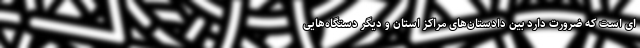
ای است که ضرورت دارد بین دادستان‌های مراکز استان و دیگر دستگاه‌هایی